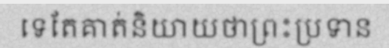
ទេតែគាត់និយាយថាព្រះប្រទាន